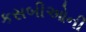
કસબીઓની